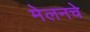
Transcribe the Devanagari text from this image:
मेलनचे